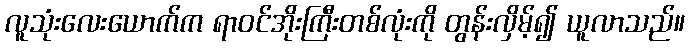
လူသုံးလေးယောက်က ရာဝင်အိုးကြီးတစ်လုံးကို တွန်းလှိမ့်၍ ယူလာသည်။